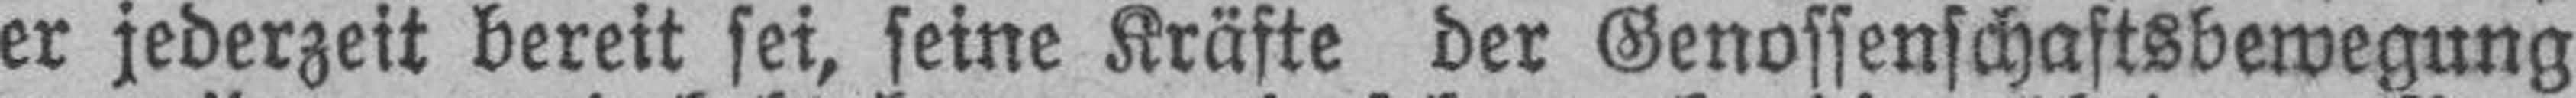
er jederzeit bereit sei, seine Kräfte der Genossenschaftsbewegung